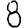
Digit: 8